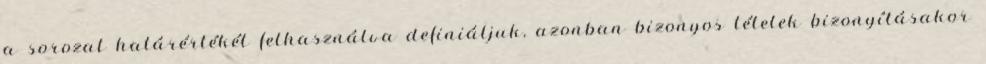
a sorozat határértékét felhasználva definiáljuk, azonban bizonyos tételek bizonyításakor